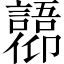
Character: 𫤋